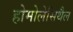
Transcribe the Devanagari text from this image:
होमोलेसिथैल